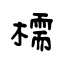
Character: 檽